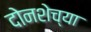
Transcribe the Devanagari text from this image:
दोनशेच्या